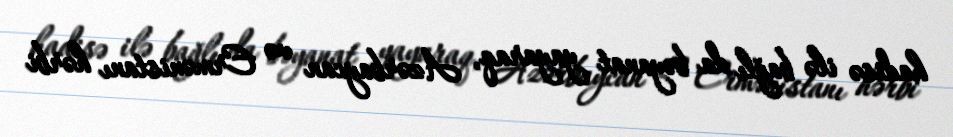
hadisə ilə bağlı da bəyanat yayaraq, Azərbaycan və Ermənistanı hərbi